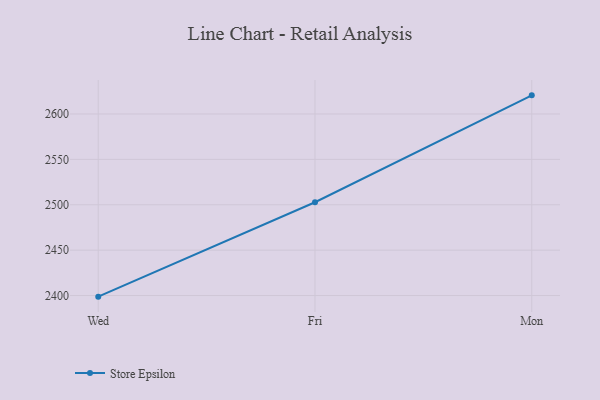
{"axis": {"x": "Day", "y": "Gross Profit (USD K)"}, "legend": ["Store Epsilon"], "data": [{"x": "Wed", "y": 2398.8, "type": "Store Epsilon"}, {"x": "Fri", "y": 2502.8, "type": "Store Epsilon"}, {"x": "Mon", "y": 2620.5, "type": "Store Epsilon"}]}